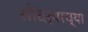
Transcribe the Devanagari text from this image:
सौंदर्याच्या